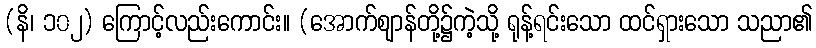
(နိ၊ ၁၀၂) ကြောင့်လည်းကောင်း။ (အောက်ဈာန်တို့၌ကဲ့သို့ ရုန့်ရင်းသော ထင်ရှားသော သညာ၏